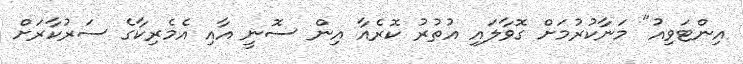
އިންޓަވިއު" މަނާކުރުމަށް ގޮވާލައި އުތުރު ކޮރެއާ އިން ސޮނީ އާއި އެމެރިކާގެ ސަރުކާރަށް